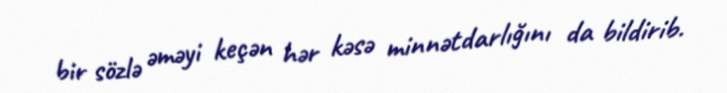
bir sözlə əməyi keçən hər kəsə minnətdarlığını da bildirib.